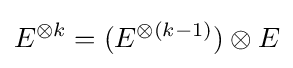
E^{\otimes k}=(E^{\otimes (k-1)})\otimes E